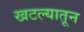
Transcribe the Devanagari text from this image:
खटल्यातून